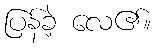
ပြန်ခဲ့ လေ၏။